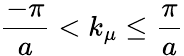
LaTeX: \frac{-\pi}{a}<k_{\mu}\leq\frac{\pi}{a}